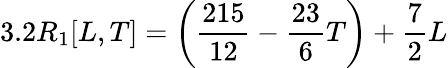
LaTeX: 3.2R_{1}[L,T]=\left(\frac{215}{12}-\frac{23}{6}T\right)+\frac{7}{2}L